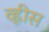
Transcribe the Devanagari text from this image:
व्ह्रीस